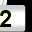
Digit: 2